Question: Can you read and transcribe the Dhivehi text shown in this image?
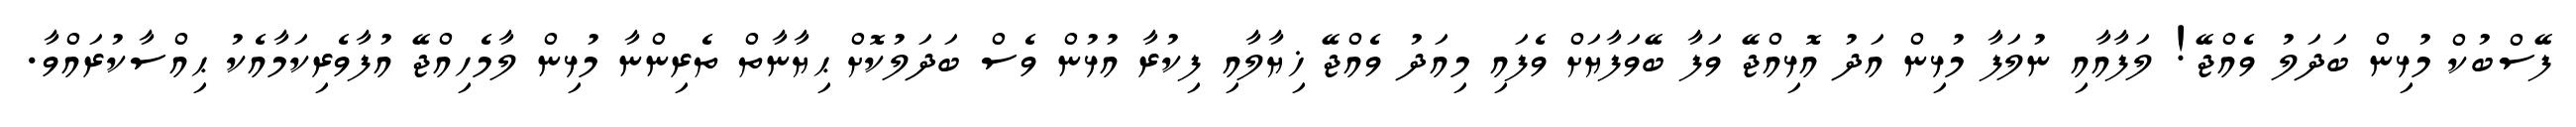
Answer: ފޭސްބުކް މުޅިން ބަދަލު ވެއްޖޭ! ލަފާއާއި ނުލަފާ މުޅިން އަދު އޮޅިއްޖޭ ވަފާ ބޭވަފާޔަށް ވެފައި މިއަދު ވެއްޖޭ ޚިޔާލާއި ފިކުރާ އުޅުން ވެސް ބަދަލުކޮށް ޙިޔާނާތް ތެރިންނާ މުޅިން ލާމެހިއްޖޭ އުފާވެރިކަމާއެކު ޙިއްސާކުރައްވާ.